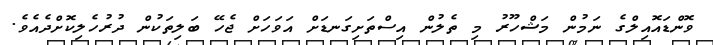
ވޮންޑައޮއިލްގެ ނަމުން މަޝްހޫރު މި ތެލުން އިސްތަށިގަނޑަށް އަވަހަށް ޖެހޭ ބަލިތަކުން ދުރުހެލިކޮށްދެއެވެ.